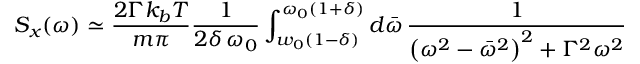
S _ { x } ( \omega ) \simeq \frac { 2 \Gamma k _ { b } T } { m \pi } \frac { 1 } { 2 \delta \, \omega _ { 0 } } \int _ { w _ { 0 } ( 1 - \delta ) } ^ { \omega _ { 0 } ( 1 + \delta ) } d \bar { \omega } \, \frac { 1 } { \left( \omega ^ { 2 } - \bar { \omega } ^ { 2 } \right) ^ { 2 } + \Gamma ^ { 2 } \omega ^ { 2 } }